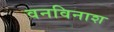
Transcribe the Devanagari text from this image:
वनविनाश